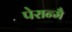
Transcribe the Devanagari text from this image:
पेरान्मै